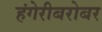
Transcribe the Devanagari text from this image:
हंगेरीबरोबर